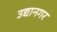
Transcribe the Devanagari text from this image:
उद्यानगर